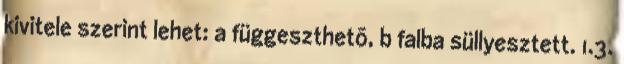
kivitele szerint lehet: a függeszthetõ, b falba süllyesztett. 1.3.